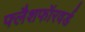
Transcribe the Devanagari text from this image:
फ्लैशफॉरवर्ड